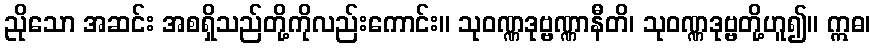
ညိုသော အဆင်း အစရှိသည်တို့ကိုလည်းကောင်း။ သုဝဏ္ဏဒုဗ္ဗဏ္ဏာနီတိ၊ သုဝဏ္ဏဒုဗ္ဗတို့ဟူ၍။ ဣဓ၊